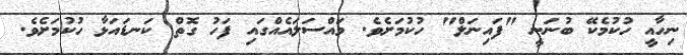
ނިހާއީ ހުކުމެކޭ ބުނަނީ "ފައިނަލް" ހުކުމަށެވެ. މައްސަލައެއްގައި ފަހު ގޮތް ކަނޑައަޅާ ހުކުމަށެވެ.